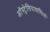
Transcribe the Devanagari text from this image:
ऑस्ट्रेलियावासियों